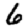
Digit: 6